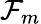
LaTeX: \mathcal{F}_{m}